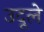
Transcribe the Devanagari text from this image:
उदूले